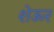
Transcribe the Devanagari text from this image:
शेऊर